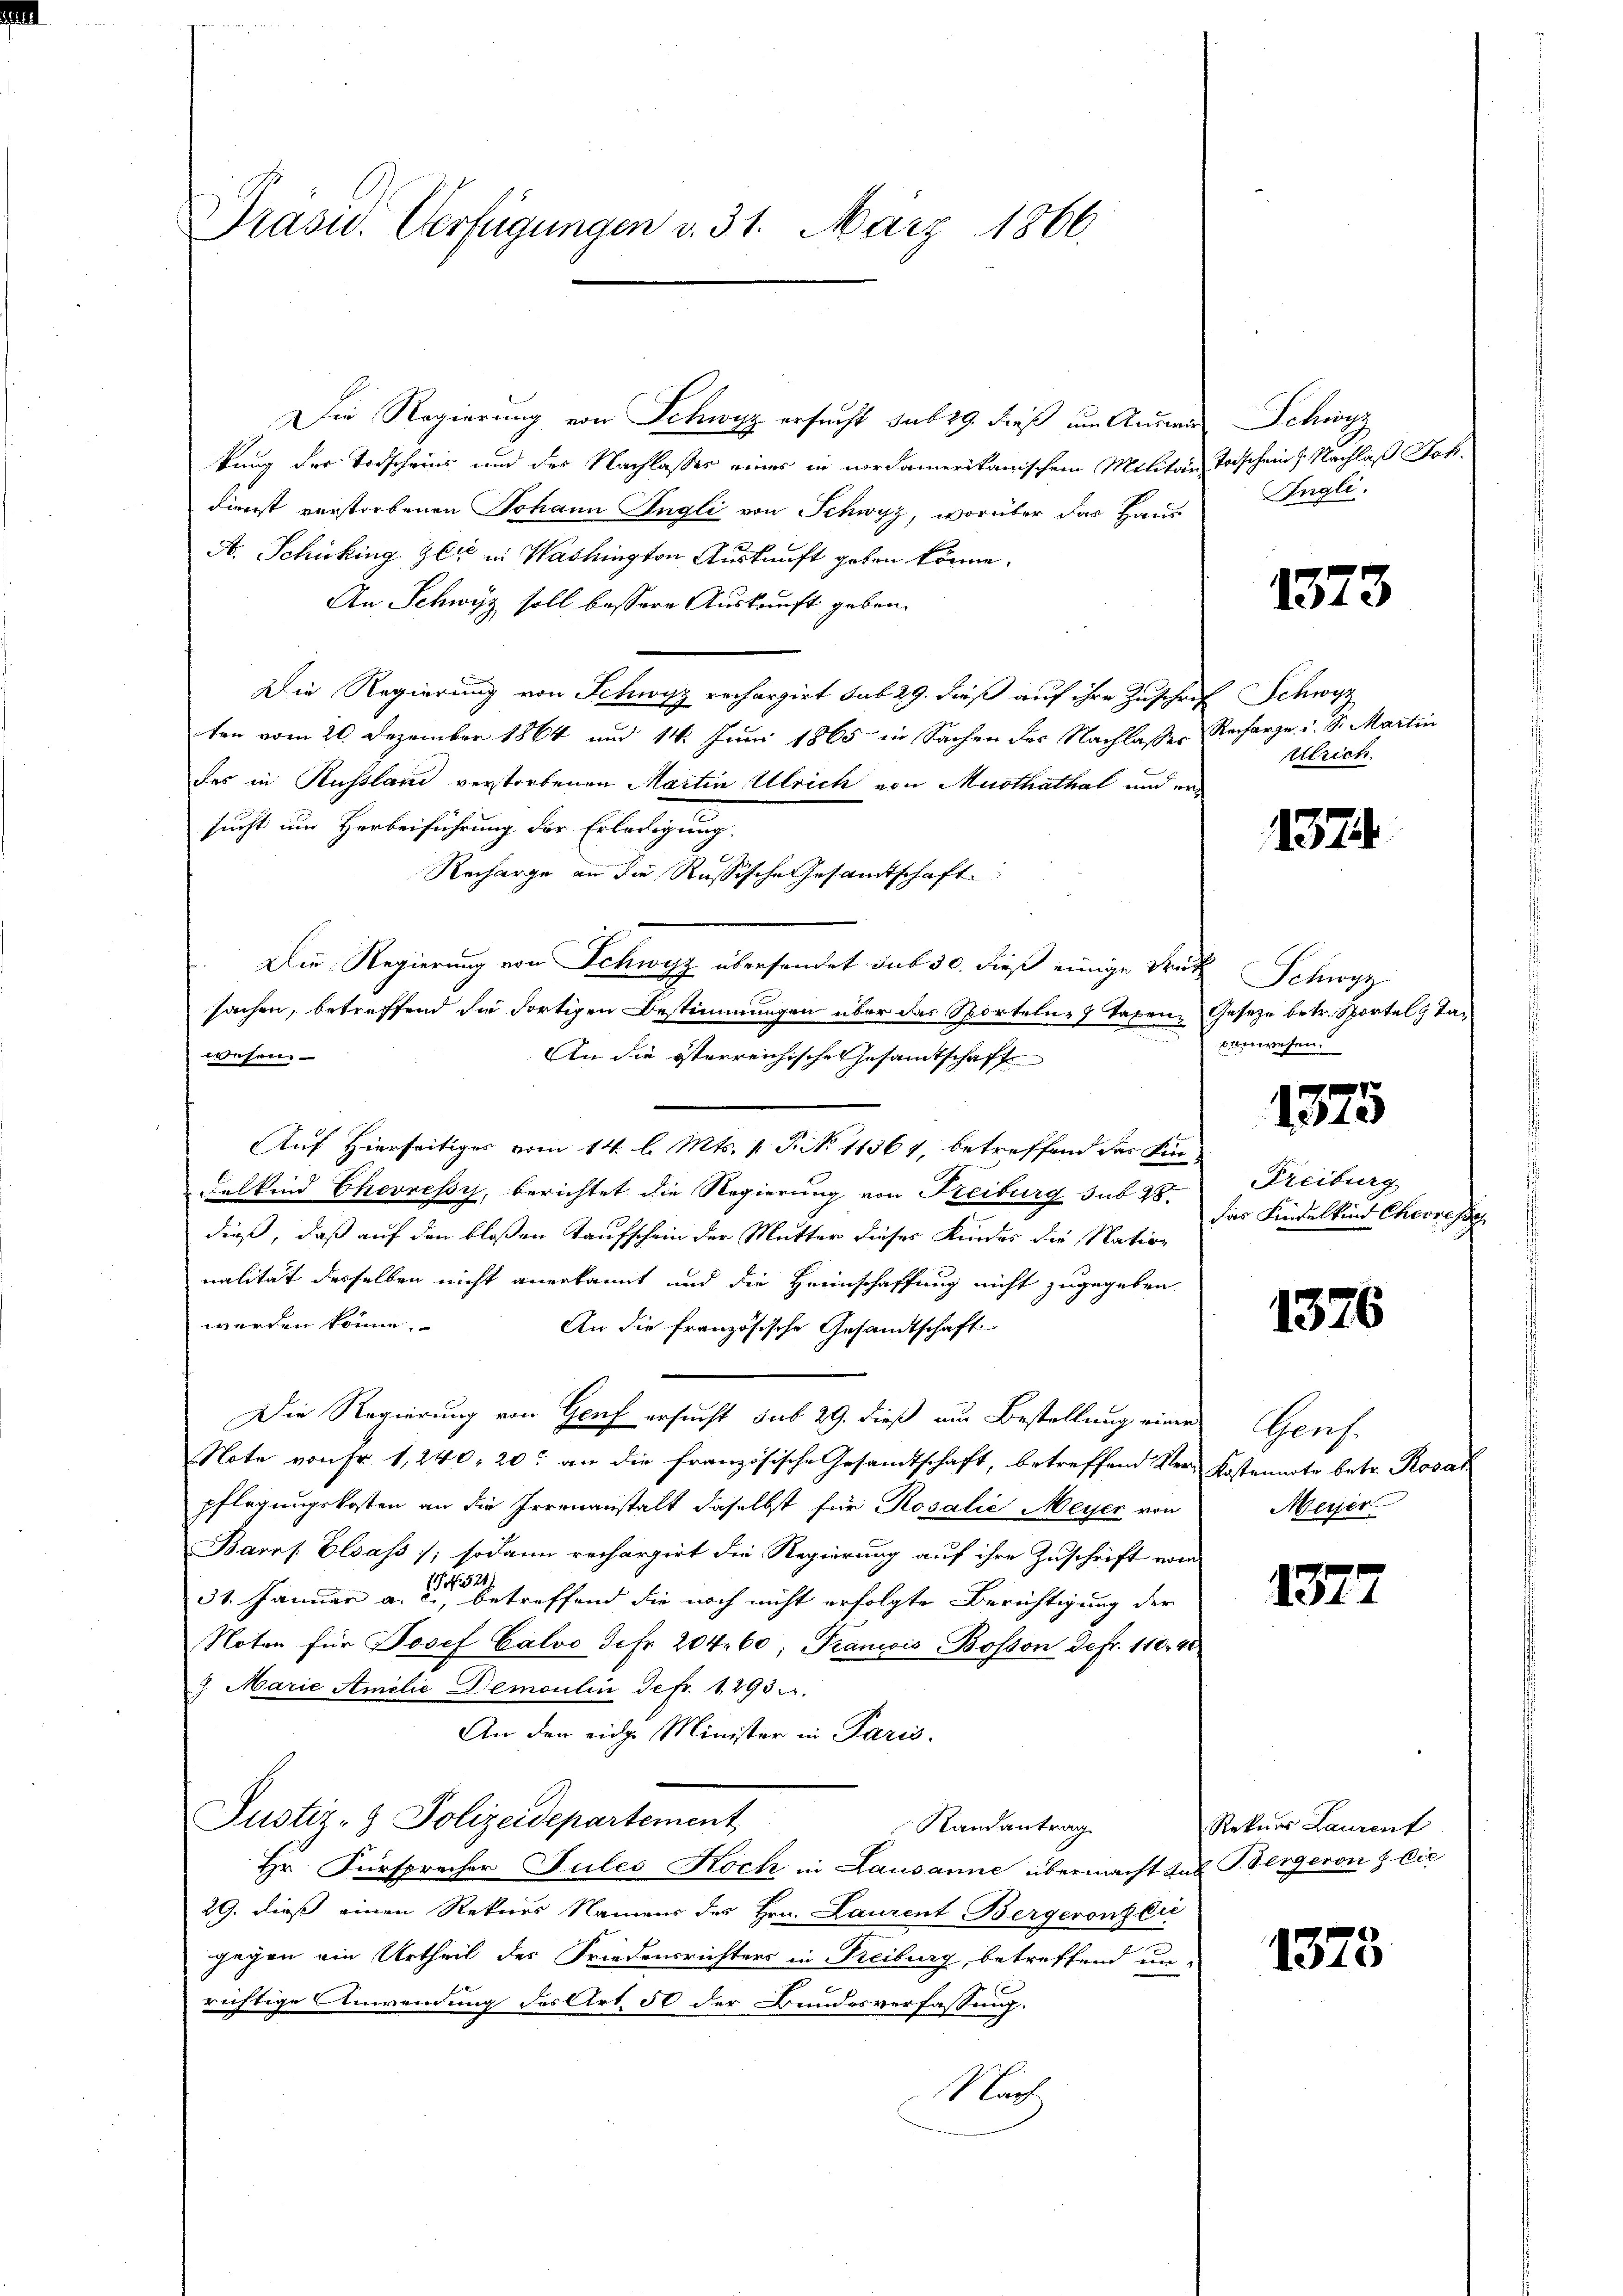
Präsid. Verfügungen d. 31. März 1866.

Die Regierung von Schwyz ersucht sub 29. dieß um Auswir
kung der Todscheins und des Nachlasses eines in nordamerikanischem Militär Todschein Nachlaß Joh.
Dienst verstorbenen Johann Angli von Schwyz, worüber das Haus
A. Schicking der in Washington Auskunft geben könne.
An Schwyz soll bessere Auskunft geben.
Die Regierung von Schwyz rechargirt sub 29. dieß auf ihre Zuschrif
ten vom 20. Dezember 1864 und 14. Juni 1865 in Sachen des Nachlasses Recharge u. S. Martin
des in Russland verstorbenen Martin Ulrich von Musthathal und ersucht um Herbeiführung der Erledigung.
Recharge an die Russische Gesandtschaft
Die Regierung von Schwyz übersendet sub 30. dieß einige Truk
sachen, betreffend die Fortigen Bestimmungen über das Sporteln, 7 Tagen, Gesetze betr. Sportel Taw
esem
An die österreichische Gesamtschaft
Auf Hierseitiges vom 14. l. Mts. v. P. N. 11361, betreffend das Kin¬
Felkind Chevressi, berichtet die Regierung von Freiburg sub 28.
dieß, daß auf den bloßen Taufschein der Mutter dieses Kindes die Nation
nalität derselben nicht anerkannt und die Heimschaffung nicht zugegeben
werden könne.
An die französische Gesandtschaft
Die Regierung von Genf ersucht sub 29. dieß am Bestellung einer
Note von Fr. 1, 240, 20. an die französische Gesandtschaft, betreffend Ver- Kostennote betr. Rosal
pflegungskosten an die Irrenanstalt daselbst für Rosalie Meyer von
Bares Elsass; sodann rechargirt die Regierung auf ihre Zuschrift vom
31. Januar a. die betreffend die noch nicht erfolgte Berichtigung der
Noten für Josef Calvo Jcfr. 204. 60; Praniis Bosson defr. 110. 40.
7. Marie Amelić Demoulin Jefr. 12930.
An den eidge Minister in Paris.
Justiz- & Polizeidepartement
Randantrag
Hr. Fürsprecher Gules Koch in Lausanne übermacht das Bergeron & Cie
29. dieß einen Rekurs Namens des Hrn. Laurent Bergeronzeri
gegen ein Urtheil des Friedensrichters in Freiburg, betreffend un-
richtige Anwendung des Art. 50 der Bundesverfassung.
Nach

Schwyz
Ingli.

1373

Schwyz
Ulrich

1374

Schwyz
denwesen.

1375

Freiburg
das Findelkind Cherresse

1376

Horf.
Meyer

1377

Rekurs Laurent

1373